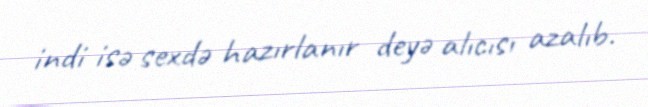
indi isə sexdə hazırlanır deyə alıcısı azalıb.